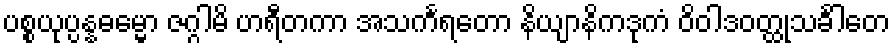
ပစ္စယုပ္ပန္နဓမ္မော ဇဂ္ဂါမိ ဟရီတကာ အသင်္ကရတော နိယျာနိကဒုကံ ဝိဝါဒဝတ္ထုသင်္ခါတေ